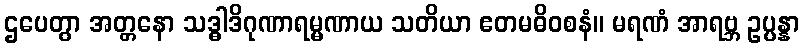
ဌပေတွာ အတ္တနော သဒ္ဓါဒိဂုဏာရမ္မဏာယ သတိယာ ဧတမဓိဝစနံ။ မရဏံ အာရဗ္ဘ ဥပ္ပန္နာ